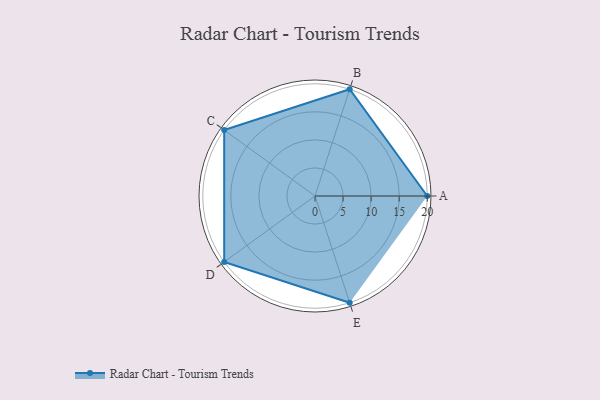
{"axis": {"x": "Skill", "y": "Score"}, "legend": ["Profile"], "data": [{"x": "A", "y": 20, "type": "Profile"}, {"x": "B", "y": 20, "type": "Profile"}, {"x": "C", "y": 20, "type": "Profile"}, {"x": "D", "y": 20, "type": "Profile"}, {"x": "E", "y": 20, "type": "Profile"}]}